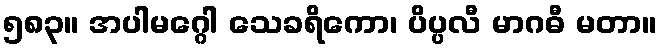
၅၈၃။ အပါမဂ္ဂေါ သေခရိကော၊ ပိပ္ပလီ မာဂဓီ မတာ။